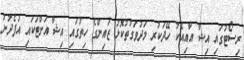
ރިސޯޓުގައިި އިޝާ އާއިއެކު ހޭދަކުރި މަދުވަގުތުކޮޅު ޒައިންގެ ހިތުގައި އިޝާ އަށްޓަކައި އުފެދުނު